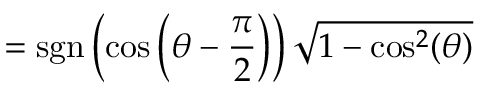
= \operatorname { s g n } \left( \cos \left( \theta - { \frac { \pi } { 2 } } \right) \right) { \sqrt { 1 - \cos ^ { 2 } ( \theta ) } }